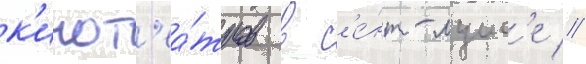
к'инот'еа́тров в с'е́нт-луис'е //